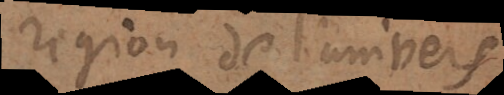
regions de l’univers